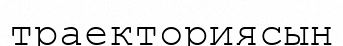
траекториясын